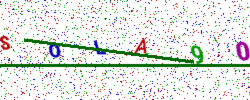
Text: SOLA90